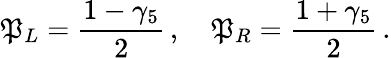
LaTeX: \mathfrak{P}_{L}=\frac{{1-\gamma_{5}}}{{2}}\, ,\quad\mathfrak{P}_{R}=\frac{{1+\gamma_{5}}}{{2}}\, .